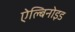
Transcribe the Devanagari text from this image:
ऐल्बिनोइड